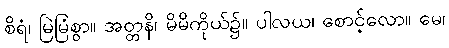
စိရံ၊ မြဲမြံစွာ။ အတ္တနိ၊ မိမိကိုယ်၌။ ပါလယ၊ စောင့်လော။ မေ၊